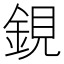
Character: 鋧